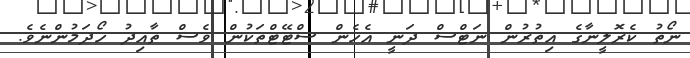
ނޯތު ކެރޮލީނާގެ އިތުރުން ނަޓްސް ދަނީ އެހެން ސްޓޭޓްތަކުން ވެސް ތާއިދު ހޯދަމުންނެވެ.